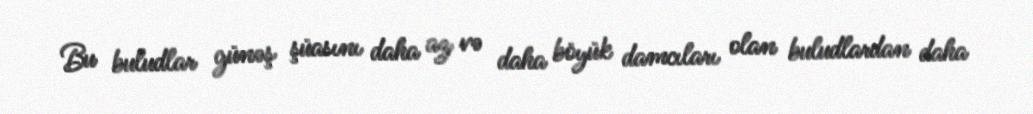
Bu buludlar günəş şüasını daha az və daha böyük damcıları olan buludlardan daha